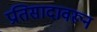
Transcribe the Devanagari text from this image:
प्रतिसादावरून